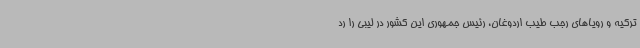
ترکیه و رویاهای رجب طیب اردوغان، رئیس جمهوری این کشور در لیبی را رد